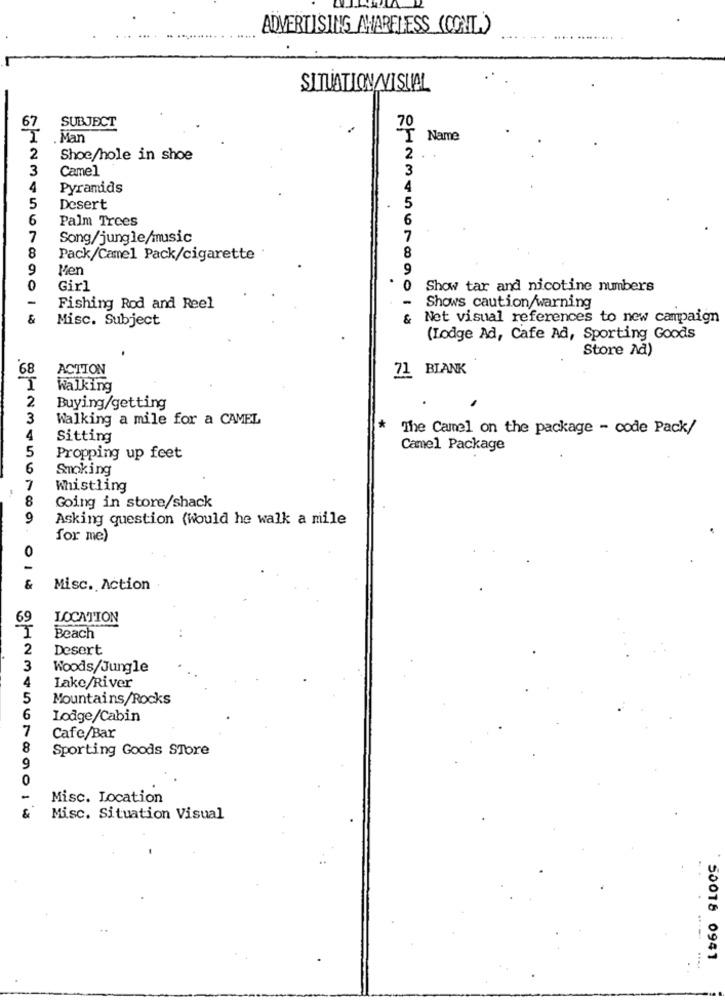
ADVERTISING AMARELESS (CONT)
SITUATION/VISUAL
67
SUBJECT
. Man
Name
2
Shoe/hole in shoe
2
3
Camel
3
4
Pyramids
4
5
Desert
5
6
Palm Trees
6
7
Song/jungle/music
7
8
Pack/Camel Pack/cigarette '
8
9
Men
9
0
Girl
0
Show tar and nicotine numbers
-
Fishing Rod and Reel
Shows caution/warning
&
Misc. Subject
Net visual references to new campaign
(Lodge Ad, Cafe Ad, Sporting Goods
Store Ad)
68
ACTION
71 BLANK
I
Walking
2
Buying/getting
3
Walking a mile for a CAMEL
*
The Camel on the package - code Pack/
4
Sitting
5
Camel Package
Propping up feet
6
Smoking
7
Whistling
8
Going in store/shack
9
Asking question (would he walk a mile
for me)
&
Misc. Action
69
LOCATION
Beach
2
Desert
3
Woods/Jungle
4
Lake/River
5
Mountains/Rocks
6
Lodge/Cabin
7
Cafe/Bar
8
Sporting Goods STore
90
Misc. Location
Misc. Situation Visual
50018 0941